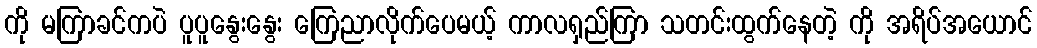
ကို မကြာခင်ကပဲ ပူပူနွေးနွေး ကြေညာလိုက်ပေမယ့် ကာလရှည်ကြာ သတင်းထွက်နေတဲ့ ကို အရိပ်အယောင်